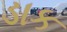
ડાક